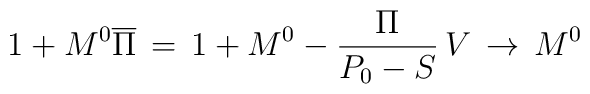
1+M^0\overline\Pi\,=\,1+M^0-{\Pi\over P_0-S}\,V\,\to\,M^0